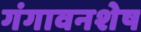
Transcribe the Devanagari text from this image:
गंगावनशेष